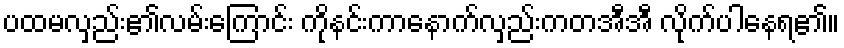
ပထမလှည်း၏လမ်းကြောင်း ကိုနင်းကာနောက်လှည်းကတအီအီ လိုက်ပါနေရ၏။